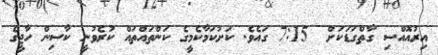
އިރުއޮއްސި ގާތްގަޑަކަށް  7:15 ގައެވެ. ކަށުކަމާކެމީގެ ކަންތައްތައް ކުރެވުނީ ކާސިން ހާޖީގެ